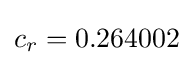
c_{r}=0.264002